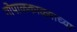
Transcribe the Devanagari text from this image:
गोपाळकाळ्याच्या